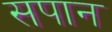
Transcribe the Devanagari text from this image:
सपान